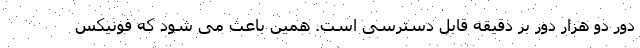
دور دو هزار دور بر دقیقه قابل دسترسی است. همین باعث می شود که فونیکس